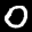
Label: 0